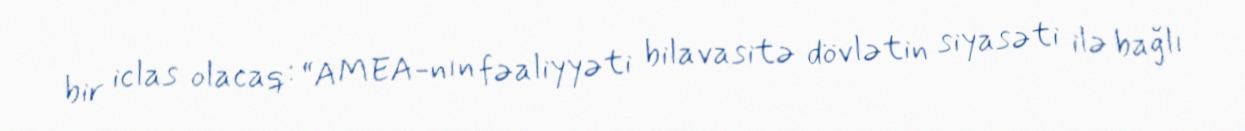
bir iclas olacaq: “AMEA-nın fəaliyyəti bilavasitə dövlətin siyasəti ilə bağlı